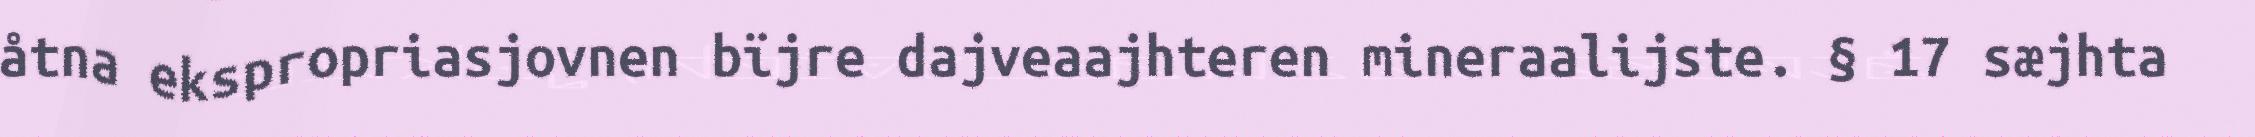
åtna ekspropriasjovnen bïjre dajveaajhteren mineraalijste. § 17 sæjhta